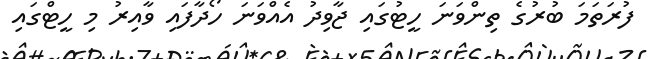
ފުރަތަމަ ބުރުގެ ތިންވަނަ ހީޓުގައި ޖާވިދު އެއްވަނަ ހޯދާފައި ވާއިރު މި ހީޓްގައި